Scottish Certificate of Education, 1963
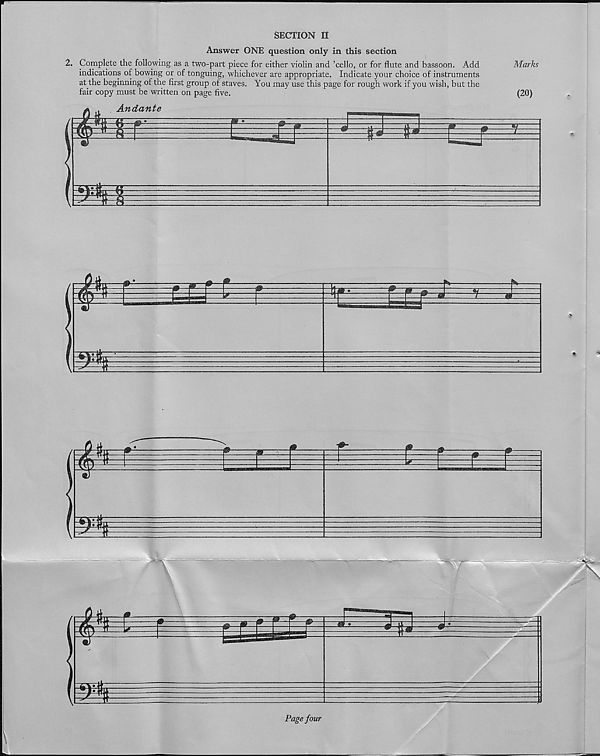
SECTION II
Answer ONE question only in this section
2. Complete the following as a two-part piece for either violin and ’cello, or for flute and bassoon. Add
Marks
indications of bowing or of tonguing, whichever are appropriate. Indicate your choice of instruments
at the beginning of the first group of staves. You may use this page for rough work if you wish, but the
fair copy must be written on page five.
(20)
Page four